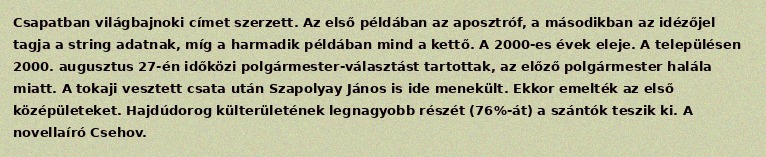
Csapatban világbajnoki címet szerzett. Az első példában az aposztróf, a másodikban az idézőjel tagja a string adatnak, míg a harmadik példában mind a kettő. A 2000-es évek eleje. A településen 2000. augusztus 27-én időközi polgármester-választást tartottak, az előző polgármester halála miatt. A tokaji vesztett csata után Szapolyay János is ide menekült. Ekkor emelték az első középületeket. Hajdúdorog külterületének legnagyobb részét (76%-át) a szántók teszik ki. A novellaíró Csehov.